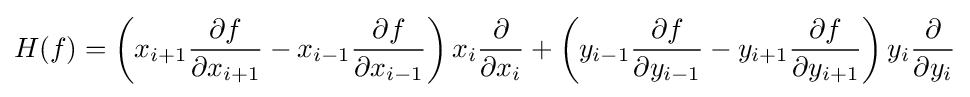
H(f)=\left(x_{i+1}{\frac {\partial f}{\partial x_{i+1}}}-x_{i-1}{\frac {\partial f}{\partial x_{i-1}}}\right)x_{i}{\frac {\partial }{\partial x_{i}}}+\left(y_{i-1}{\frac {\partial f}{\partial y_{i-1}}}-y_{i+1}{\frac {\partial f}{\partial y_{i+1}}}\right)y_{i}{\frac {\partial }{\partial y_{i}}}